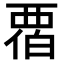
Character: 𬡹